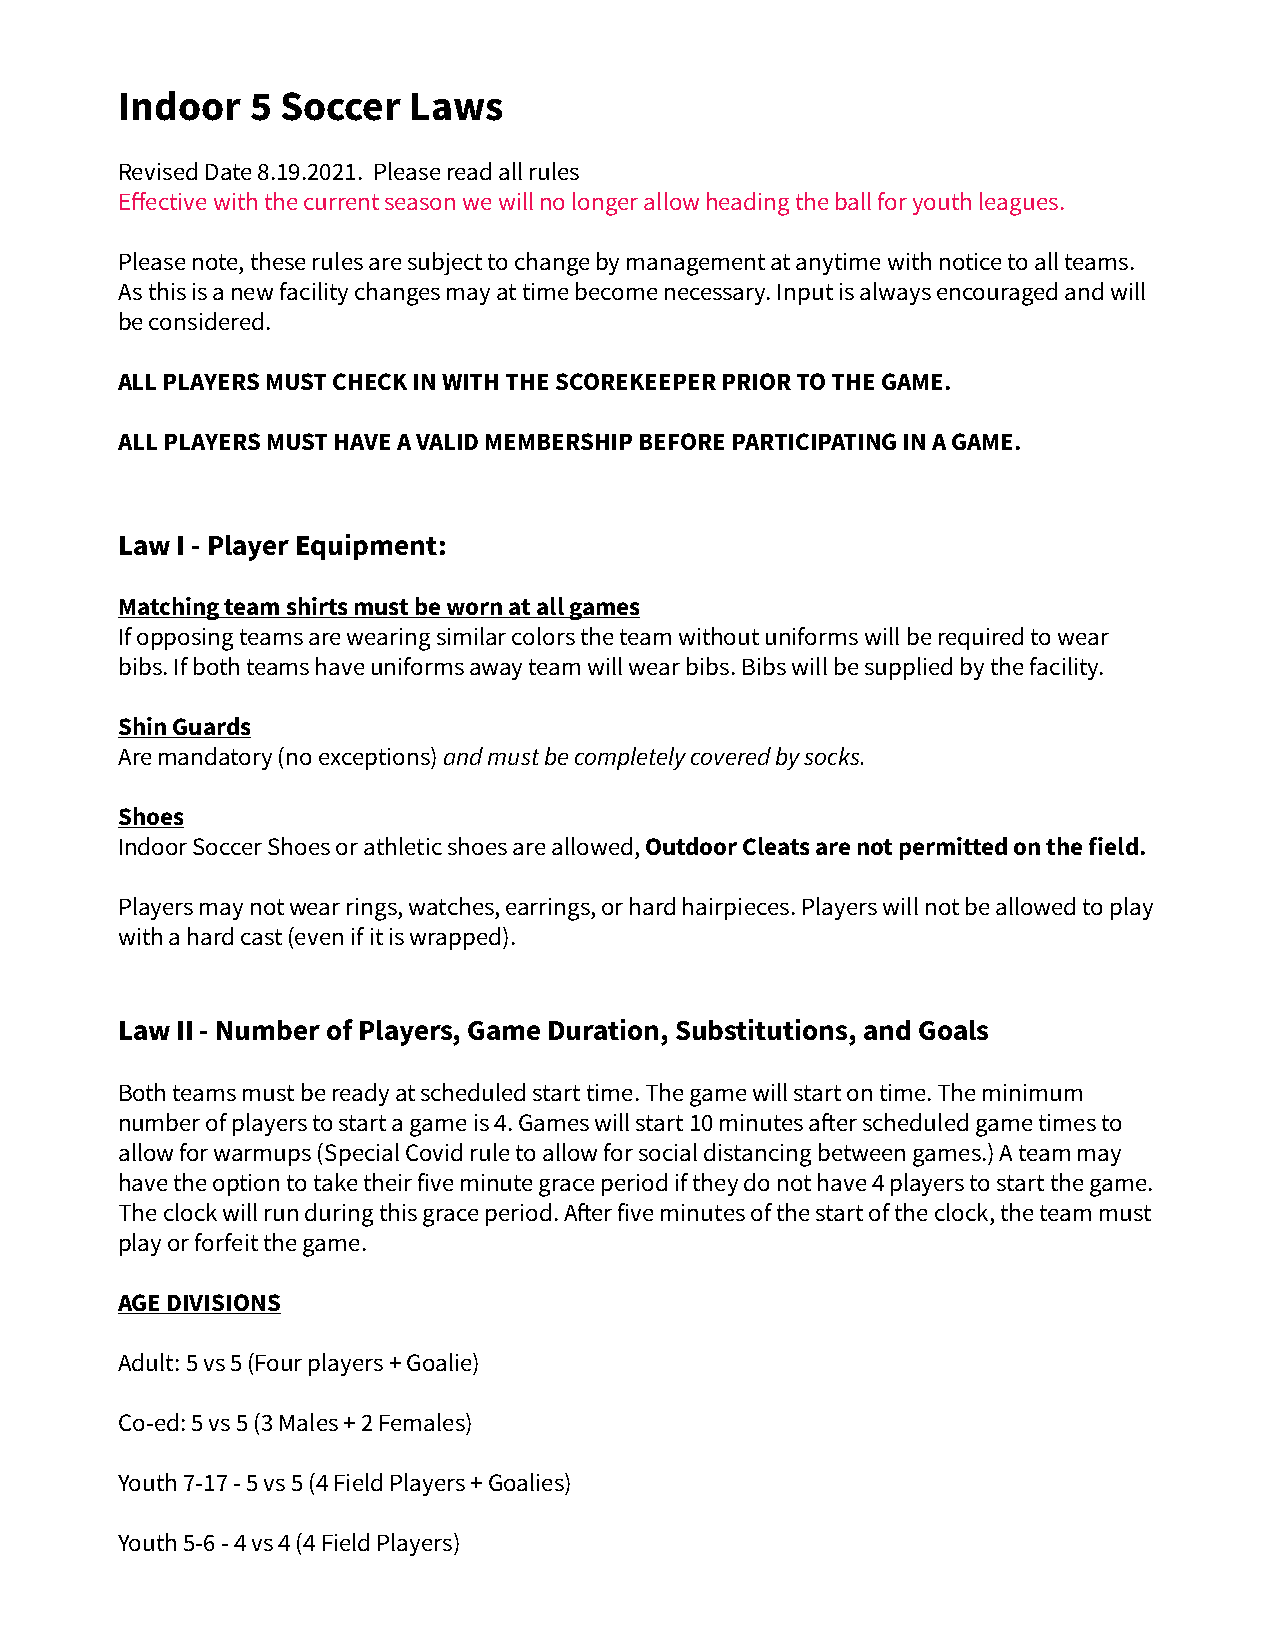
Indoor   5 Soccer  Laws
 Revised Date 8.19.2021. Please read all rules
 Effective with the current season we will no longer allow heading the ball for youth leagues.
 Please note, these rules are subject to change by management at anytime with notice to all teams.
 As this is a new facility changes may at time become necessary. Input is always encouraged and will
 be considered.
 ALL PLAYERS MUST CHECK IN WITH THE SCOREKEEPER PRIOR TO THE GAME.
 ALL PLAYERS MUST HAVE A VALID MEMBERSHIP BEFORE PARTICIPATING IN A GAME.
 Law I - Player Equipment:
 Matching team shirts must be worn at all games
 If opposing teams are wearing similar colors the team without uniforms will be required to wear
 bibs. If both teams have uniforms away team will wear bibs. Bibs will be supplied by the facility.
 Shin Guards
 Are mandatory (no exceptions) and must be completely covered by socks.
 Shoes
 Indoor Soccer Shoes or athletic shoes are allowed, Outdoor Cleats are not permitted on the field.
 Players may not wear rings, watches, earrings, or hard hairpieces. Players will not be allowed to play
 with a hard cast (even if it is wrapped).
 Law II - Number of Players, Game Duration, Substitutions, and Goals
 Both teams must be ready at scheduled start time. The game will start on time. The minimum
 number of players to start a game is 4. Games will start 10 minutes after scheduled game times to
 allow for warmups (Special Covid rule to allow for social distancing between games.) A team may
 have the option to take their five minute grace period if they do not have 4 players to start the game.
 The clock will run during this grace period. After five minutes of the start of the clock, the team must
 play or forfeit the game.
 AGE DIVISIONS
 Adult: 5 vs 5 (Four players + Goalie)
 Co-ed: 5 vs 5 (3 Males + 2 Females)
 Youth 7-17 - 5 vs 5 (4 Field Players + Goalies)
 Youth 5-6 - 4 vs 4 (4 Field Players)